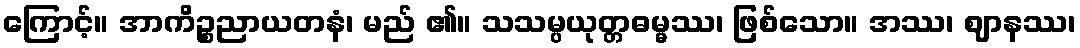
ကြောင့်။ အာကိဉ္စညာယတနံ၊ မည် ၏။ သသမ္ပယုတ္တဓမ္မဿ၊ ဖြစ်သော။ အဿ၊ ဈာနဿ၊